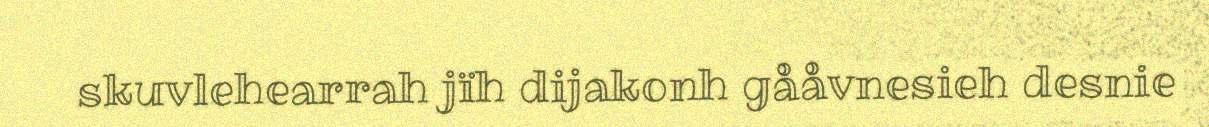
skuvlehearrah jïh dijakonh gååvnesieh desnie